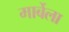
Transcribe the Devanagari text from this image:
मार्बेला